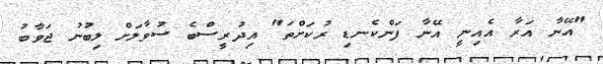
"އޭނާ އަރާ އެއިނީ އޭނާ ފަންކެނޑި ރުކަށްތަ" އިދުރީސްބެ ސުވާލަށް ލިބުނު ޖަވާބު